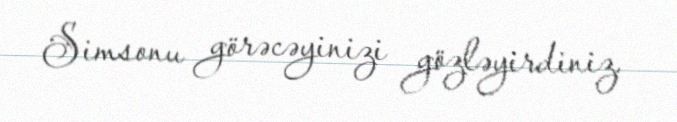
Simsonu görəcəyinizi gözləyirdiniz.